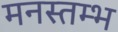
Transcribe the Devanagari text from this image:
मनस्तम्भ